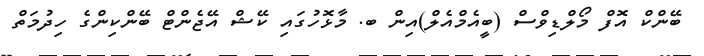
ބޭންކް އޮފް މޯލްޑިވްސް (ބީއެމްއެލް)އިން ބ. މާޅޮހުގައި ކޭޝް އޭޖެންޓް ބޭންކިންގެ ހިދުމަތް